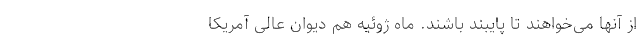
از آنها می‌خواهند تا پایبند باشند. ماه ژوئیه هم دیوان عالی آمریکا